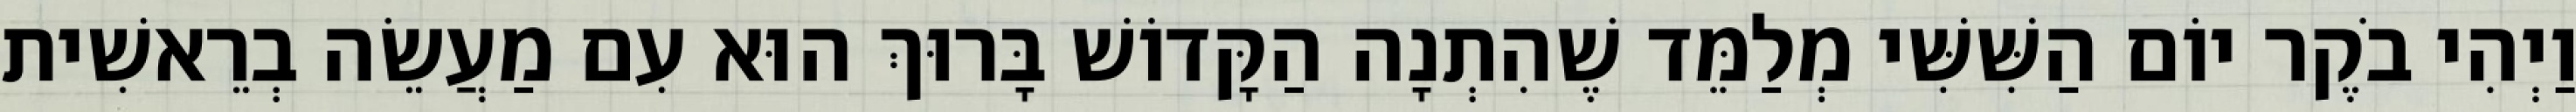
וַיְהִי בֹקֶר יוֹם הַשִּׁשִּׁי מְלַמֵּד שֶׁהִתְנָה הַקָּדוֹשׁ בָּרוּךְ הוּא עִם מַעֲשֵׂה בְרֵאשִׁית